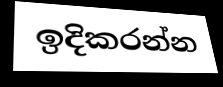
ඉදිකරන්න